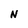
Character: N